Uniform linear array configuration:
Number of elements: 8
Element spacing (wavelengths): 1
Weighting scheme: kaiser
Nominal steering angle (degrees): -45
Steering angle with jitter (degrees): -45.061
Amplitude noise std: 0.05
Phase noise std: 0.05

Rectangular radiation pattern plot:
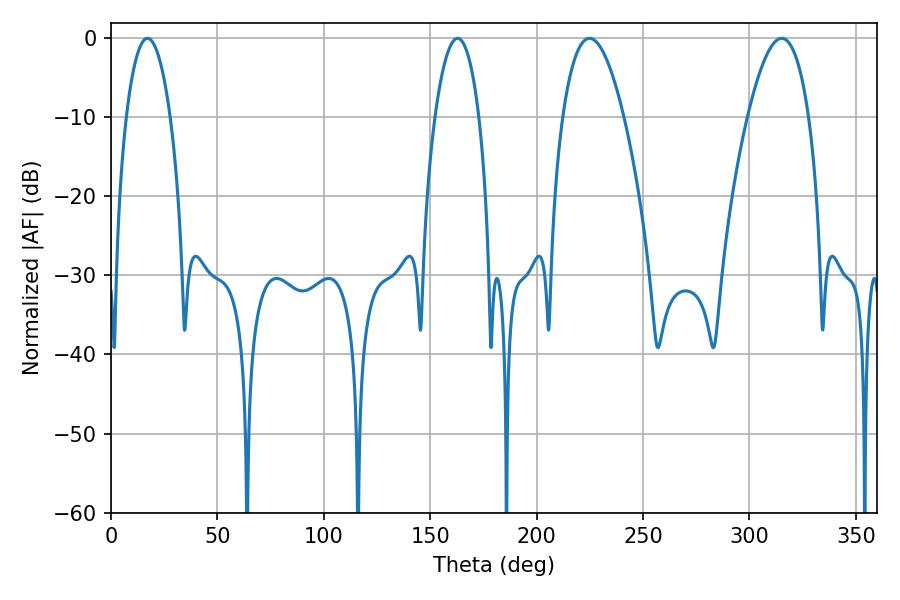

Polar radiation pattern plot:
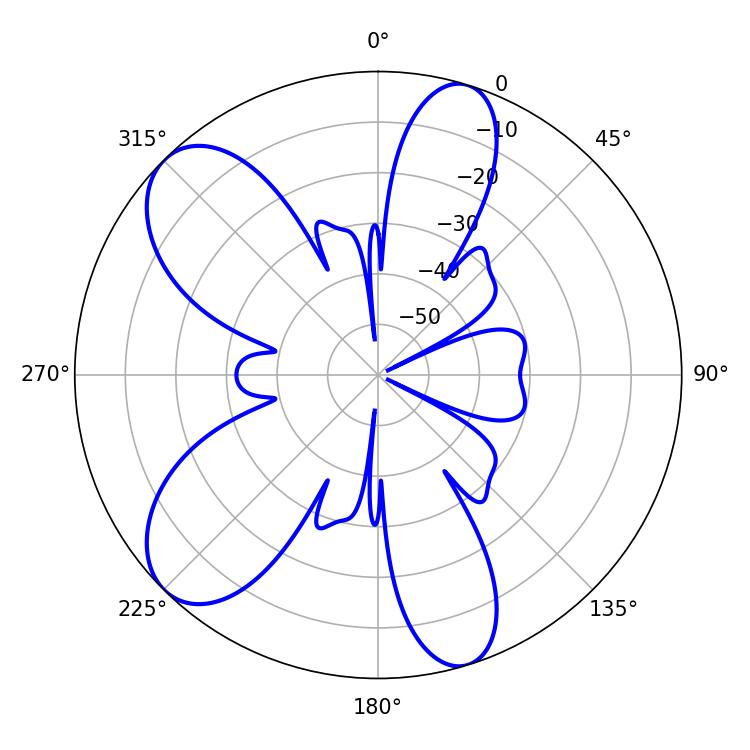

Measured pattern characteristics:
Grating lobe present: TRUE
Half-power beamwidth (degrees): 15.84
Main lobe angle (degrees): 224.82